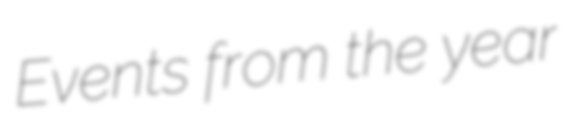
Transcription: Events from the year